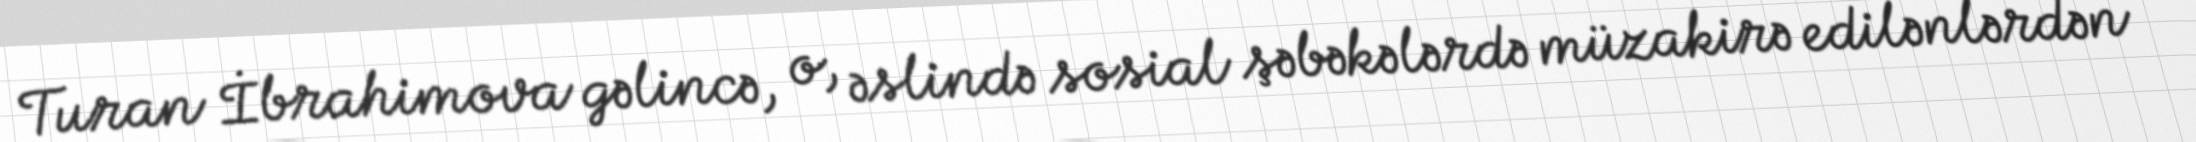
Turan İbrahimova gəlincə, o, əslində sosial şəbəkələrdə müzakirə edilənlərdən